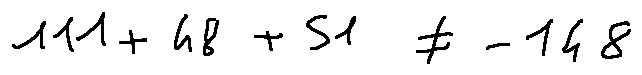
1 1 1 + 4 8 + 5 1 \neq - 1 4 8